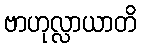
ဗာဟုလ္လာယာတိ